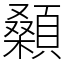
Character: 顙